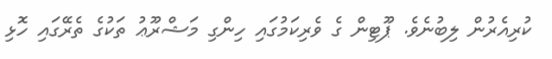
ކުރިއެރުން ލިބުނެވެ. ޕޫޓިން ގެ ވެރިކަމުގައި ހިންގި މަޝްރޫޢު ތަކުގެ ތެރޭގައި ހޮޅި